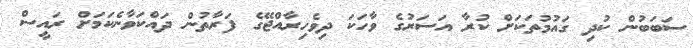
ސަބަބުން ކުދި ގައުމުތަކަށް ކުރާ އަސަރުގެ ވާހަކަ ދިވެހިރާއްޖޭގެ ފަރާތުން ދައްކަވާނެކަމަށް ރައީސް